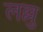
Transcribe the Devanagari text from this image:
लल्लु